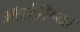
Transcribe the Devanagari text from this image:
ऑर्स्टेलिया